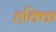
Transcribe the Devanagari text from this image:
हक्कि